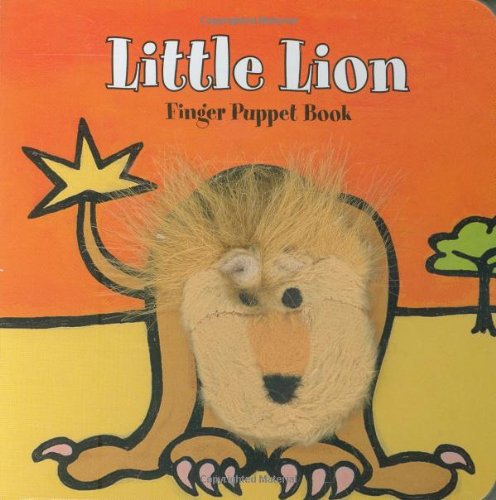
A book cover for Little Lion: Finger Puppet Book (Little Finger Puppet Board Books); ImageBooks; Children's Books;